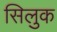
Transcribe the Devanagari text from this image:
सिलुक